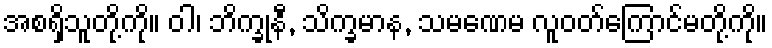
အစရှိသူတို့ကို။ ဝါ၊ ဘိက္ခုနီ, သိက္ခမာန, သမဏေမ လူဝတ်ကြောင်မတို့ကို။